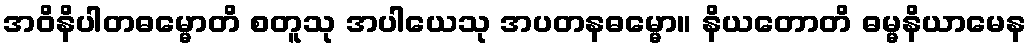
အဝိနိပါတဓမ္မောတိ စတူသု အပါယေသု အပတနဓမ္မော။ နိယတောတိ ဓမ္မနိယာမေန